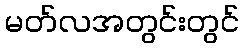
မတ်လအတွင်းတွင်